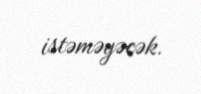
istəməyəcək.